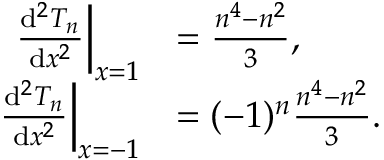
\begin{array} { r l } { \left. { \frac { \mathrm { d } ^ { 2 } T _ { n } } { \mathrm { d } x ^ { 2 } } } \right| _ { x = 1 } \! \! } & { { } = { \frac { n ^ { 4 } - n ^ { 2 } } { 3 } } , } \\ { \left. { \frac { \mathrm { d } ^ { 2 } T _ { n } } { \mathrm { d } x ^ { 2 } } } \right| _ { x = - 1 } \! \! } & { { } = ( - 1 ) ^ { n } { \frac { n ^ { 4 } - n ^ { 2 } } { 3 } } . } \end{array}